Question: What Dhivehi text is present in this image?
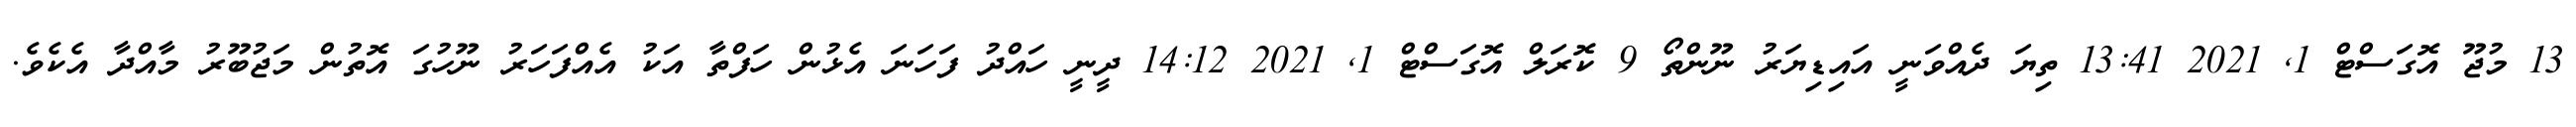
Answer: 13 މުޖޫ އޮގަސްޓް 1, 2021 13:41 ތިޔަ ދެއްވަނީ އައިޑިޔަރު ނޫންތޯ 9 ކޮރަލް އޮގަސްޓް 1, 2021 14:12 ދީނީ ހައްދު ފަހަނަ އެޅުން ހަފްތާ އަކު އެއްފަހަރު ނޫހުގަ އޮތުން މަޖުބޫރު މާއްދާ އެކެވެ.